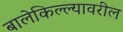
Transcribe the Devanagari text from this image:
बालेकिल्ल्यावरील